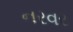
નરવર